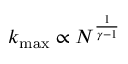
k _ { \operatorname* { m a x } } \propto N ^ { \frac { 1 } { \gamma - 1 } }